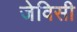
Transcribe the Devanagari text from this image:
जेविसी